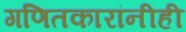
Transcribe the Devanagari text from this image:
गणितकारांनीही